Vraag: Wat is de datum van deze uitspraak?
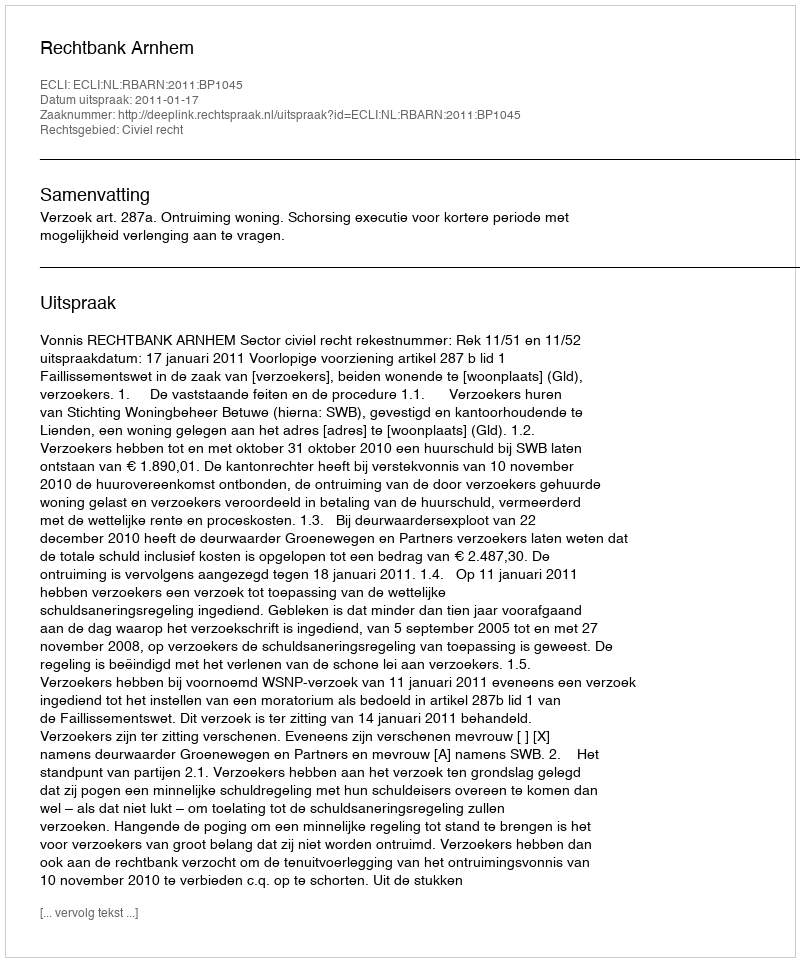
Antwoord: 2011-01-17